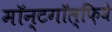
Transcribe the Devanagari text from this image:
मॉन्टगॉल्फ़िये